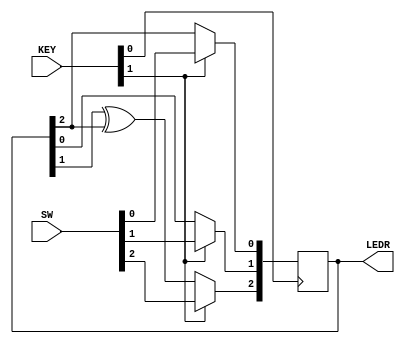
module top_module (
	input [2:0] SW,      // R
	input [1:0] KEY,     // L and clk
	output [2:0] LEDR);		// Q

    reg [2:0]d;
    assign d = {KEY[1]?SW[2]:LEDR[1]^LEDR[2], KEY[1]?SW[1]:LEDR[0], KEY[1]?SW[0]:LEDR[2]};
    always @(posedge KEY[0]) LEDR<=d;
endmodule